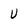
Character: U